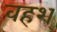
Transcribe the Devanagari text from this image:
वहश्